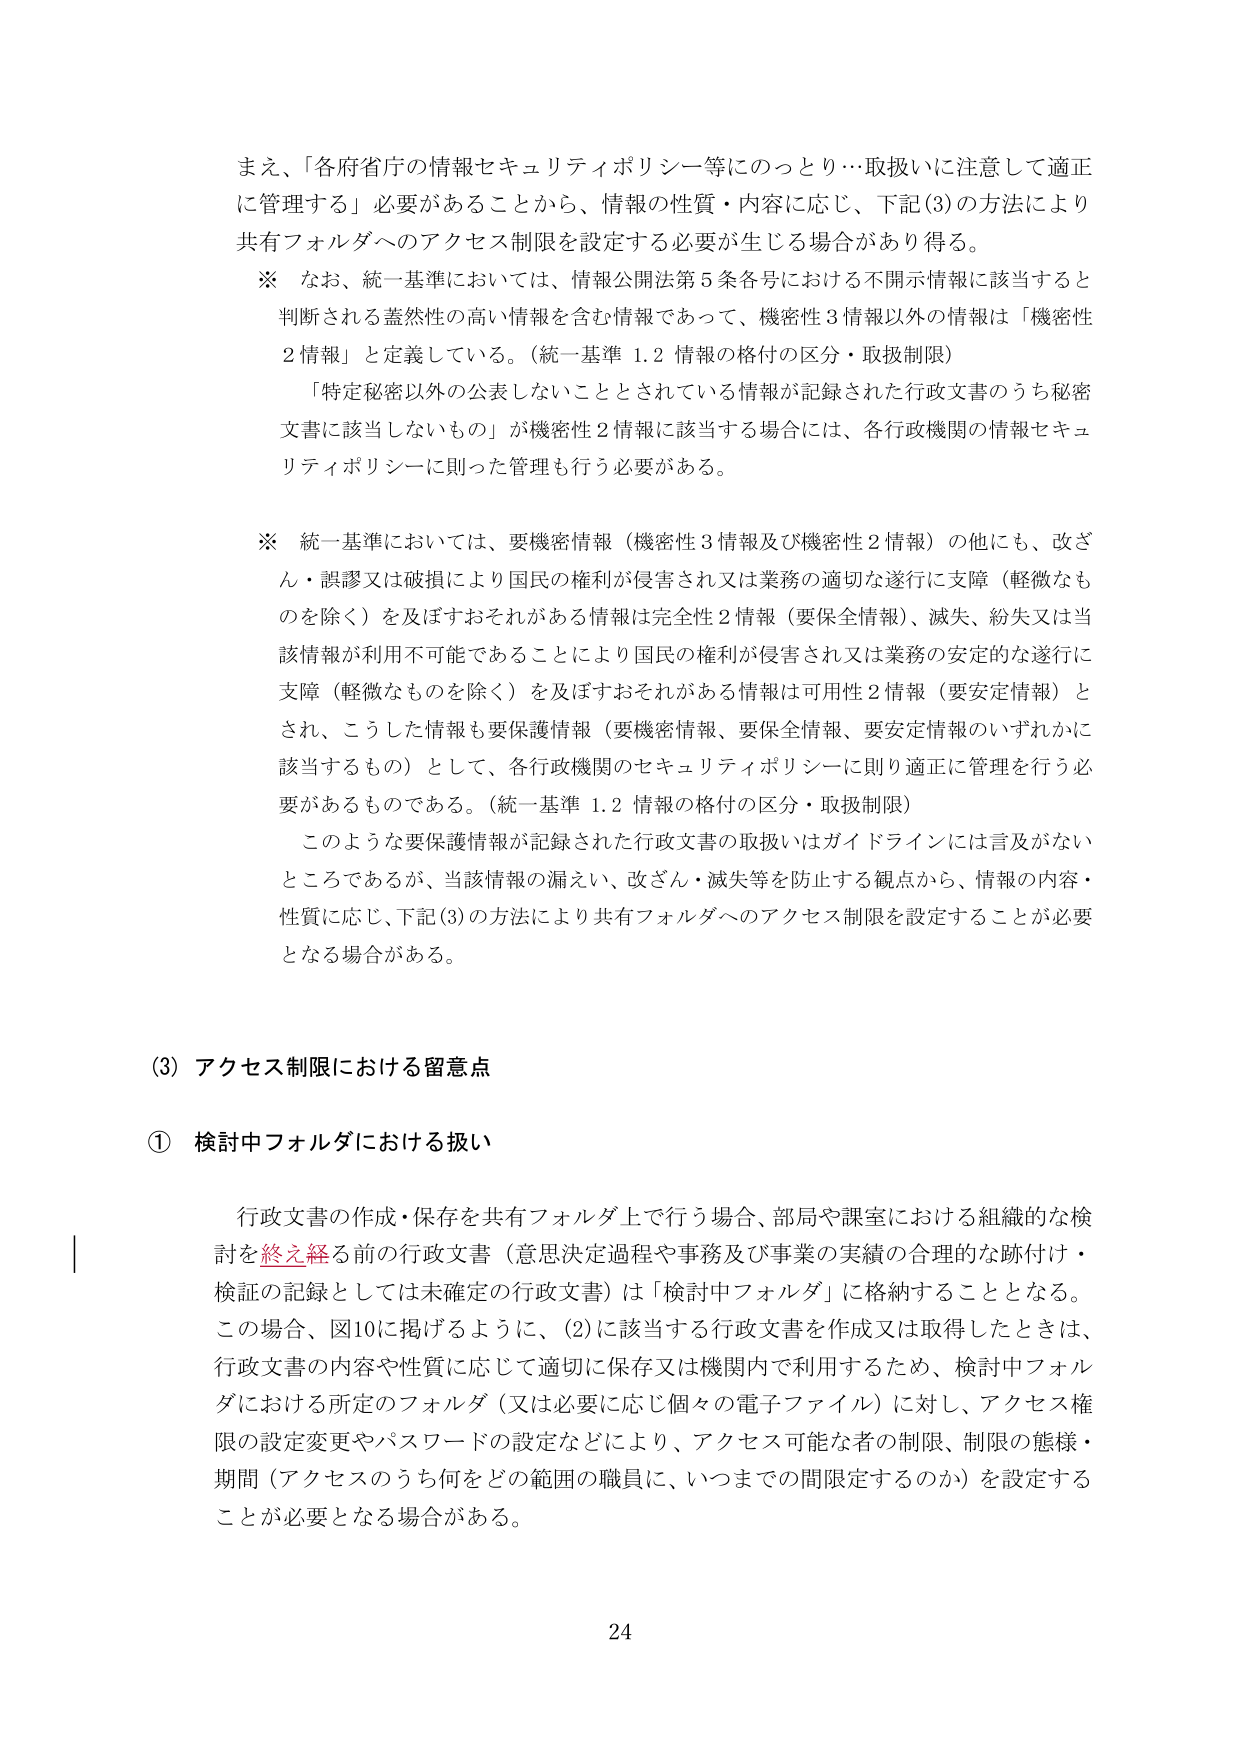
まえ、「各府省庁の情報セキュリティポリシー等にのっとり…取扱いに注意して適正に管理する」必要があることから、情報の性質・内容に応じ、下記(3)の方法により共有フォルダへのアクセス制限を設定する必要が生じる場合があり得る。

※ なお、統一基準においては、情報公開法第5条各号における不開示情報に該当すると判断される蓋然性の高い情報を含む情報であって、機密性3情報以外の情報は「機密性2情報」と定義している。（統一基準 1.2 情報の格付の区分・取扱制限）

「特定秘密以外の公表しないこととされている情報が記録された行政文書のうち秘密文書に該当しないもの」が機密性2情報に該当する場合には、各行政機関の情報セキュリティポリシーに則った管理も行う必要がある。

※ 統一基準においては、要機密情報（機密性3情報及び機密性2情報）の他にも、改ざん・誤謬又は破損により国民の権利が侵害され又は業務の適切な遂行に支障（軽微なものを除く）を及ぼすおそれがある情報は完全性2情報（要保全情報）、滅失、紛失又は当該情報が利用不可能であることにより国民の権利が侵害され又は業務の安定的な遂行に支障（軽微なものを除く）を及ぼすおそれがある情報は可用性2情報（要安定情報）とされ、こうした情報も要保護情報（要機密情報、要保全情報、要安定情報のいずれかに該当するもの）として、各行政機関のセキュリティポリシーに則り適正に管理を行う必要があるものである。（統一基準 1.2 情報の格付の区分・取扱制限）

このような要保護情報が記録された行政文書の取扱いはガイドラインには言及がないところであるが、当該情報の漏えい、改ざん・滅失等を防止する観点から、情報の内容・性質に応じ、下記(3)の方法により共有フォルダへのアクセス制限を設定することが必要となる場合がある。

(3) アクセス制限における留意点

① 検討中フォルダにおける扱い

行政文書の作成・保存を共有フォルダ上で行う場合、部局や課室における組織的な検討を終え経る前の行政文書（意思決定過程や事務及び事業の実績の合理的な跡付け・検証の記録としては未確定の行政文書）は「検討中フォルダ」に格納することとなる。この場合、図10に掲げるように、(2)に該当する行政文書を作成又は取得したときは、行政文書の内容や性質に応じて適切に保存又は機関内で利用するため、検討中フォルダにおける所定のフォルダ（又は必要に応じ個々の電子ファイル）に対し、アクセス権限の設定変更やパスワードの設定などにより、アクセス可能なる者の制限、制限の態様・期間（アクセスのうち何をどの範囲の職員に、いつまでの間限定するのか）を設定することが必要となる場合がある。

24